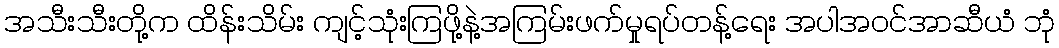
အသီးသီးတို့က ထိန်းသိမ်း ကျင့်သုံးကြဖို့နဲ့အကြမ်းဖက်မှုရပ်တန့်ရေး အပါအဝင်အာဆီယံ ဘုံ